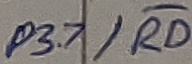
Text: P3.7/RD